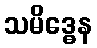
သမိဒ္ဓေန